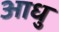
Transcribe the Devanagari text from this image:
आधु